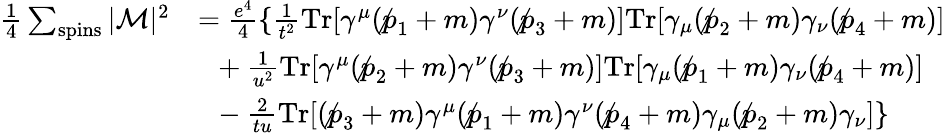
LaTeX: {\begin{array}{rl}{{\frac{1}{4}}\sum_{\mathrm{spins}}|{\mathcal{M}}|^{2}}&{={\frac{e^{4}}{4}}\{ {\frac{1}{t^{2}}}\mathrm{Tr}[\gamma^{\mu}(\not p_{1}+m)\gamma^{\nu}(\not p_{3}+m)]\mathrm{Tr}[\gamma_{\mu}(\not p_{2}+m)\gamma_{\nu}(\not p_{4}+m)]}\\ &{~~+{\frac{1}{u^{2}}}\mathrm{Tr}[\gamma^{\mu}(\not p_{2}+m)\gamma^{\nu}(\not p_{3}+m)]\mathrm{Tr}[\gamma_{\mu}(\not p_{1}+m)\gamma_{\nu}(\not p_{4}+m)]}\\ &{~~-{\frac{2}{tu}}\mathrm{Tr}[(\not p_{3}+m)\gamma^{\mu}(\not p_{1}+m)\gamma^{\nu}(\not p_{4}+m)\gamma_{\mu}(\not p_{2}+m)\gamma_{\nu}]\} }\end{array}}